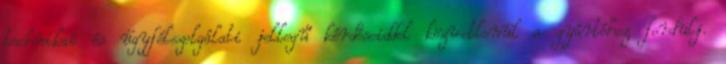
technikai és ügyfélszolgálati jellegű kérdéseiddel közvetlenül a gyártóhoz fordulj.